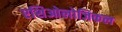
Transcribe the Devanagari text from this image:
एशिओलोजिकल